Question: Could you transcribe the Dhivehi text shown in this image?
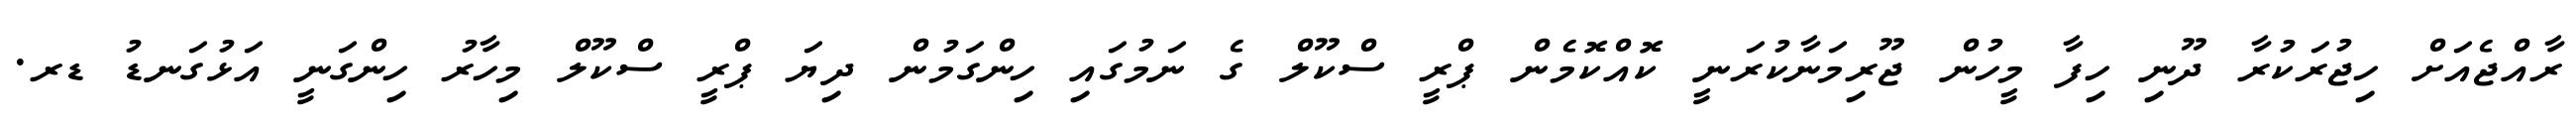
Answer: ރާއްޖެއަށް ހިޖުރަކުރާ ދޫނި ހިފާ މީހުން ޖޫރިމަނާކުރަނީ ކޮއްކޮމެން ޕްރީ ސްކޫލް ގެ ނަމުގައި ހިންގަމުން ދިޔަ ޕްރީ ސްކޫލް މިހާރު ހިންގަނީ އަޅުގަނޑު ޑރ.